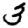
Digit: 3